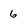
Character: 6